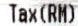
TAX(RM)